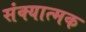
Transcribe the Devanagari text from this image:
संक्यात्मक